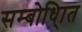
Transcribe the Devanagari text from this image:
सम्बोधि्ात